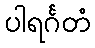
ပါရင်္ဂတံ